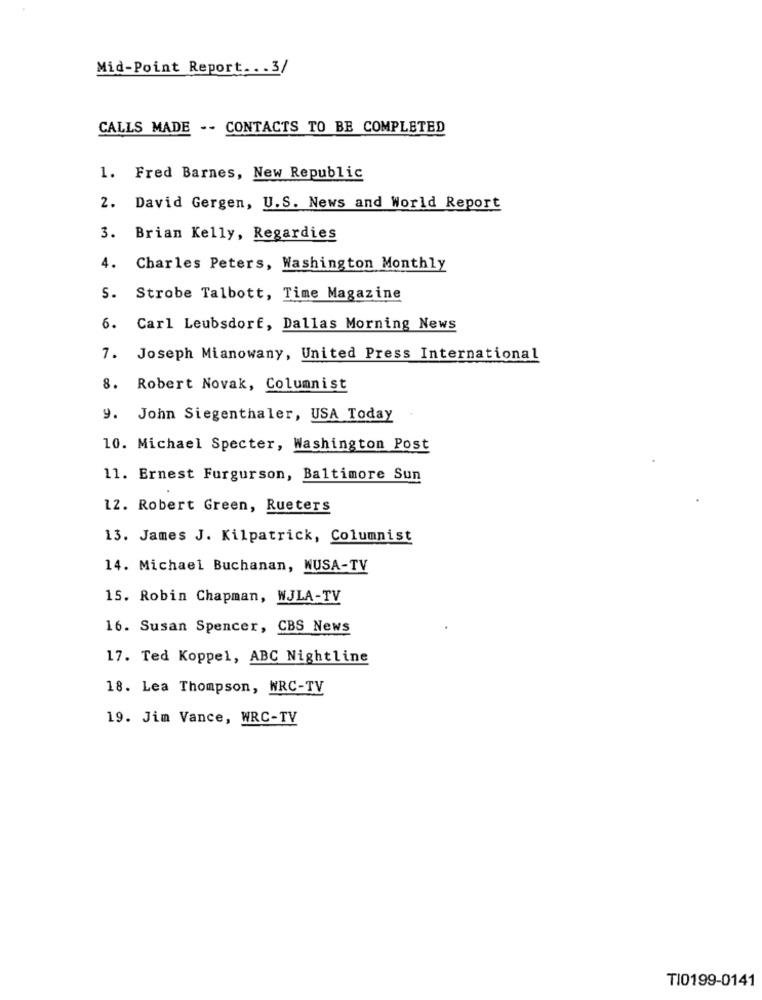
Mid-Point Report ... 3/
CALLS MADE -- CONTACTS TO BE COMPLETED
1. Fred Barnes, New Republic
2. David Gergen, U.S. News and World Report
3. Brian Kelly, Regardies
4. Charles Peters, Washington Monthly
5. Strobe Talbott, Time Magazine
6. Carl Leubsdorf, Dallas Morning News
7. Joseph Mianowany, United Press International
8. Robert Novak, Columnist
9. John Siegenthaler, USA Today
10. Michael Specter, Washington Post
11. Ernest Furgurson, Baltimore Sun
12. Robert Green, Rueters
13. James J. Kilpatrick, Columnist
14. Michael Buchanan, WUSA-TV
15. Robin Chapman, WJLA-TV
16. Susan Spencer, CBS News
17. Ted Koppel, ABC Nightline
18. Lea Thompson, WRC-TV
19. Jim Vance, WRC-TV
TI0199-0141